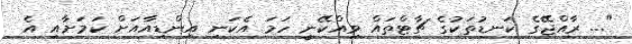
"... ރާއްޖޭގެ ކަނޑުތަކުގެ ޗާޓްތައް ވިއްކޭނީ ހަމަ އެކަނި އިންޑިއާއަަށް ކަމަށާއި އެ